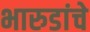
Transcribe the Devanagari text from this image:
भारुडांचे